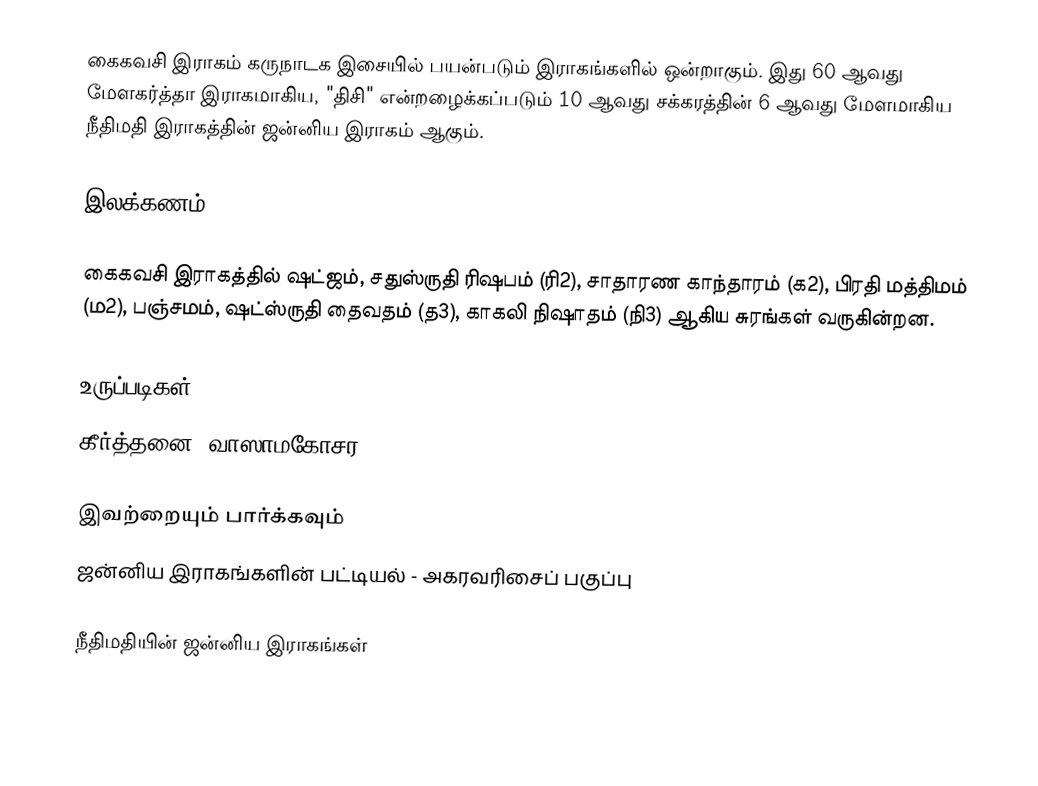
கைகவசி இராகம் கருநாடக இசையில் பயன்படும் இராகங்களில் ஒன்றாகும். இது 60 ஆவது மேளகர்த்தா இராகமாகிய, "திசி" என்றழைக்கப்படும் 10 ஆவது சக்கரத்தின் 6 ஆவது மேளமாகிய நீதிமதி இராகத்தின் ஜன்னிய இராகம் ஆகும்.

இலக்கணம்

கைகவசி இராகத்தில் ஷட்ஜம், சதுஸ்ருதி ரிஷபம் (ரி2),  சாதாரண காந்தாரம் (க2), பிரதி மத்திமம் (ம2), பஞ்சமம், ஷட்ஸ்ருதி தைவதம் (த3), காகலி நிஷாதம்  (நி3) ஆகிய சுரங்கள் வருகின்றன.

உருப்படிகள்
 கீர்த்தனை: வாஸாமகோசர

இவற்றையும் பார்க்கவும்
 ஜன்னிய இராகங்களின் பட்டியல் - அகரவரிசைப் பகுப்பு

நீதிமதியின் ஜன்னிய இராகங்கள்